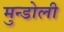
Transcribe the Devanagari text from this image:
मुन्डोली